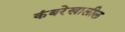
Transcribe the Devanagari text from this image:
कंबरेखालील